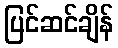
ပြင်ဆင်ချိန်